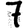
Digit: 7